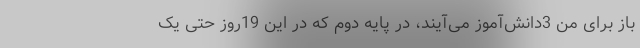
باز برای من 3‌دانش‌آموز می‌آیند، در پایه دوم که در این 19روز حتی یک